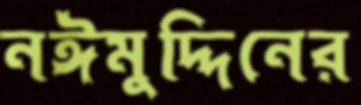
নঈমুদ্দিনের